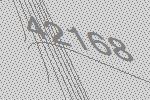
42168